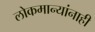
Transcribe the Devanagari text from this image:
लोकमान्‍यांनाही